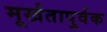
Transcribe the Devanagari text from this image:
मूर्खतापूर्वक